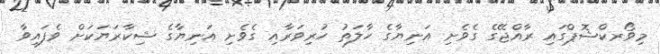
މިވޯރކްޝޮޕްގައި ރާއްޖޭގެ ގެވެށި އަނިޔާގެ ހާލަތު ހުރިވަރާއި ގެވެށި އަނިޔާގެ ޝިކާރަޔަކަށް ވެފައިވާ